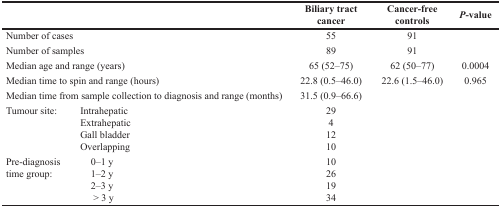
| <COLSPAN=2>  | Biliary tract cancer | Cancer-free controls | P-value |
 | --- | --- | --- | --- | --- |
 | <COLSPAN=2> Number of cases | 55 | 91 |  |
 | <COLSPAN=2> Number of samples | 89 | 91 |  |
 | <COLSPAN=2> Median age and range (years) | 65 (52–75) | 62 (50–77) | 0.0004 |
 | <COLSPAN=2> Median time to spin and range (hours) | 22.8 (0.5–46.0) | 22.6 (1.5–46.0) | 0.965 |
 | <COLSPAN=2> Median time from sample collection to diagnosis and range (months) | 31.5 (0.9–66.6) |  |  |
 | <ROWSPAN=4> Tumour site: | Intrahepatic | 29 | <ROWSPAN=4>  | <ROWSPAN=4>  |
 | Extrahepatic | 4 |
 | Gall bladder | 12 |
 | Overlapping | 10 |
 | <ROWSPAN=4> Pre-diagnosis time group: | 0–1 y | 10 | <ROWSPAN=4>  | <ROWSPAN=4>  |
 | 1–2 y | 26 |
 | 2–3 y | 19 |
 | > 3 y | 34 |